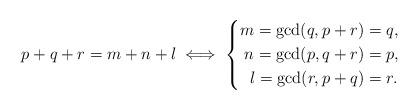
LaTeX: \begin{align*}p+q+r=m+n+l \iff \left\{ \begin{aligned}m=\gcd(q,p+r)&=q,\\n=\gcd(p,q+r)&=p,\\l=\gcd(r,p+q)&=r.\end{aligned}\right.\end{align*}